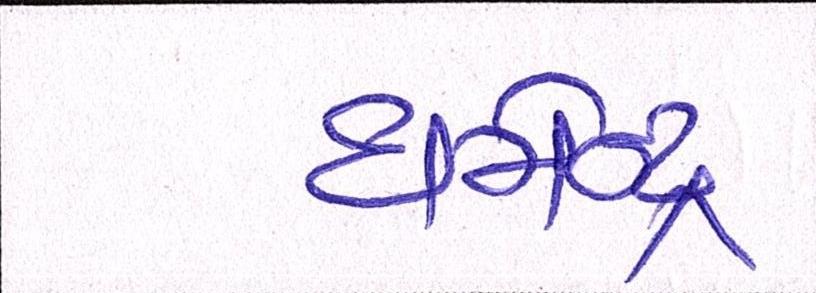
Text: ધર્મેન્દ્ર